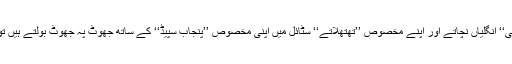
شہباز شریف جب کائو بوائے ہیٹ پہن کر ’’مخروطی‘‘ انگلیاں نچاتے اور اپنے مخصوص ’’تھتھلاتے‘‘ سٹائل میں اپنی مخصوص ’’پنجاب سپیڈ‘‘ کے ساتھ جھوٹ پہ جھوٹ بولتے ہیں تو میں ہر بار ان کی پرفارمینس پر دنگ رہ جاتا ہوں۔